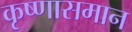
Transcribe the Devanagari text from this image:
कृष्णासमान